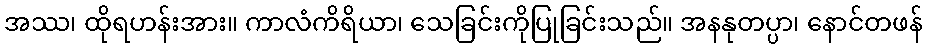
အဿ၊ ထိုရဟန်းအား။ ကာလံကိရိယာ၊ သေခြင်းကိုပြုခြင်းသည်။ အနနုတပ္ပာ၊ နောင်တဖန်